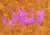
التوازن